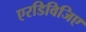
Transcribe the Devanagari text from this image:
एरडिविजिए